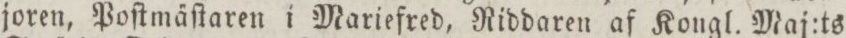
joren, Poſtmäſtaren i Mariefred, Riddaren af Kongl. Maj:ts